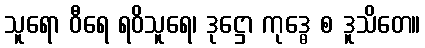
သူရော ဝီရေ ရဝိသူရေ၊ ဒုဋ္ဌော ကုဒ္ဓေ စ ဒူသိတေ။